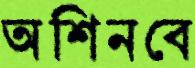
অশিনবে